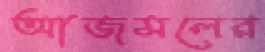
আজমলের